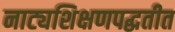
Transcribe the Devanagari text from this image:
नाट्यशिक्षणपद्धतीत